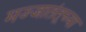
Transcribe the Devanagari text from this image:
मज्जातंतूच्या